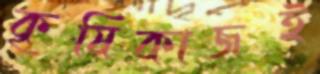
কৃষিকাজই